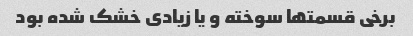
برخی قسمتها سوخته و یا زیادی خشک شده بود